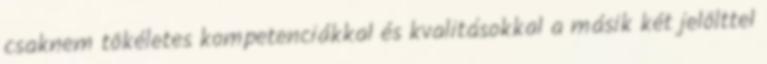
csaknem tökéletes kompetenciákkal és kvalitásokkal a másik két jelölttel